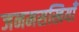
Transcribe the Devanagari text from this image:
जनमसखियाँ